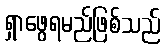
ရှာဖွေရမည်ဖြစ်သည်